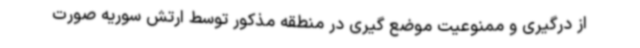
از درگیری و ممنوعیت موضع گیری در منطقه مذکور توسط ارتش سوریه صورت